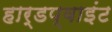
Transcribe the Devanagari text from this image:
हार्डप्वाइंट